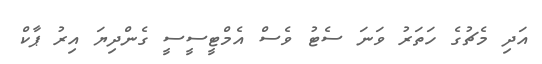
އަދި މެޗުގެ ހަތަރު ވަނަ ސެޓު ވެސް އެމްޓީސީސީ ގެންދިޔަ އިރު ޕާކް